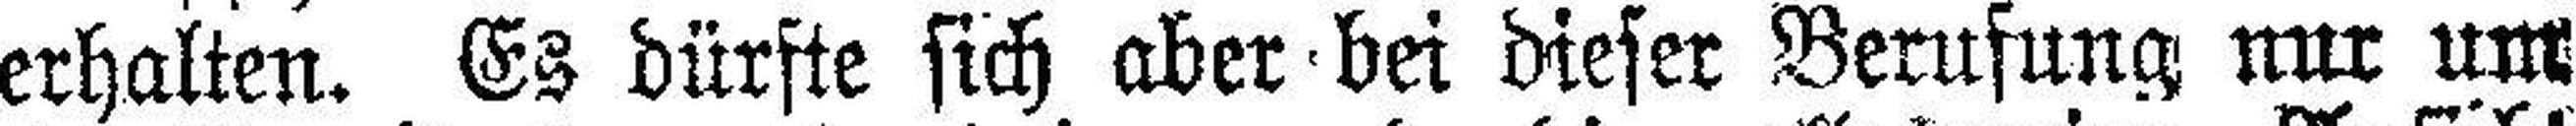
erhalten. Es dürfte sich aber bei dieser Berufung nur um